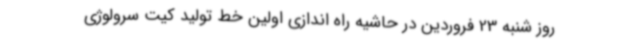
روز شنبه 23 فروردین در حاشیه راه اندازی اولین خط تولید کیت سرولوژی